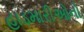
હાડમારીઓનો